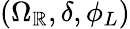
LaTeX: (\Omega_{\mathbb{R}},\delta,\phi_{L})